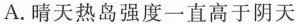
A.晴天热岛强度一直高于阴天